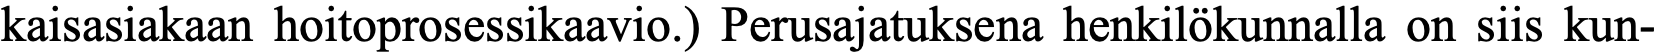
kaisasiakaan hoitoprosessikaavio.) Perusajatuksena henkilökunnalla on siis kun-